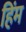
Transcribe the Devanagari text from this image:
हिंम